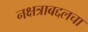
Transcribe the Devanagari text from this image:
नक्षत्राबद्दलचा